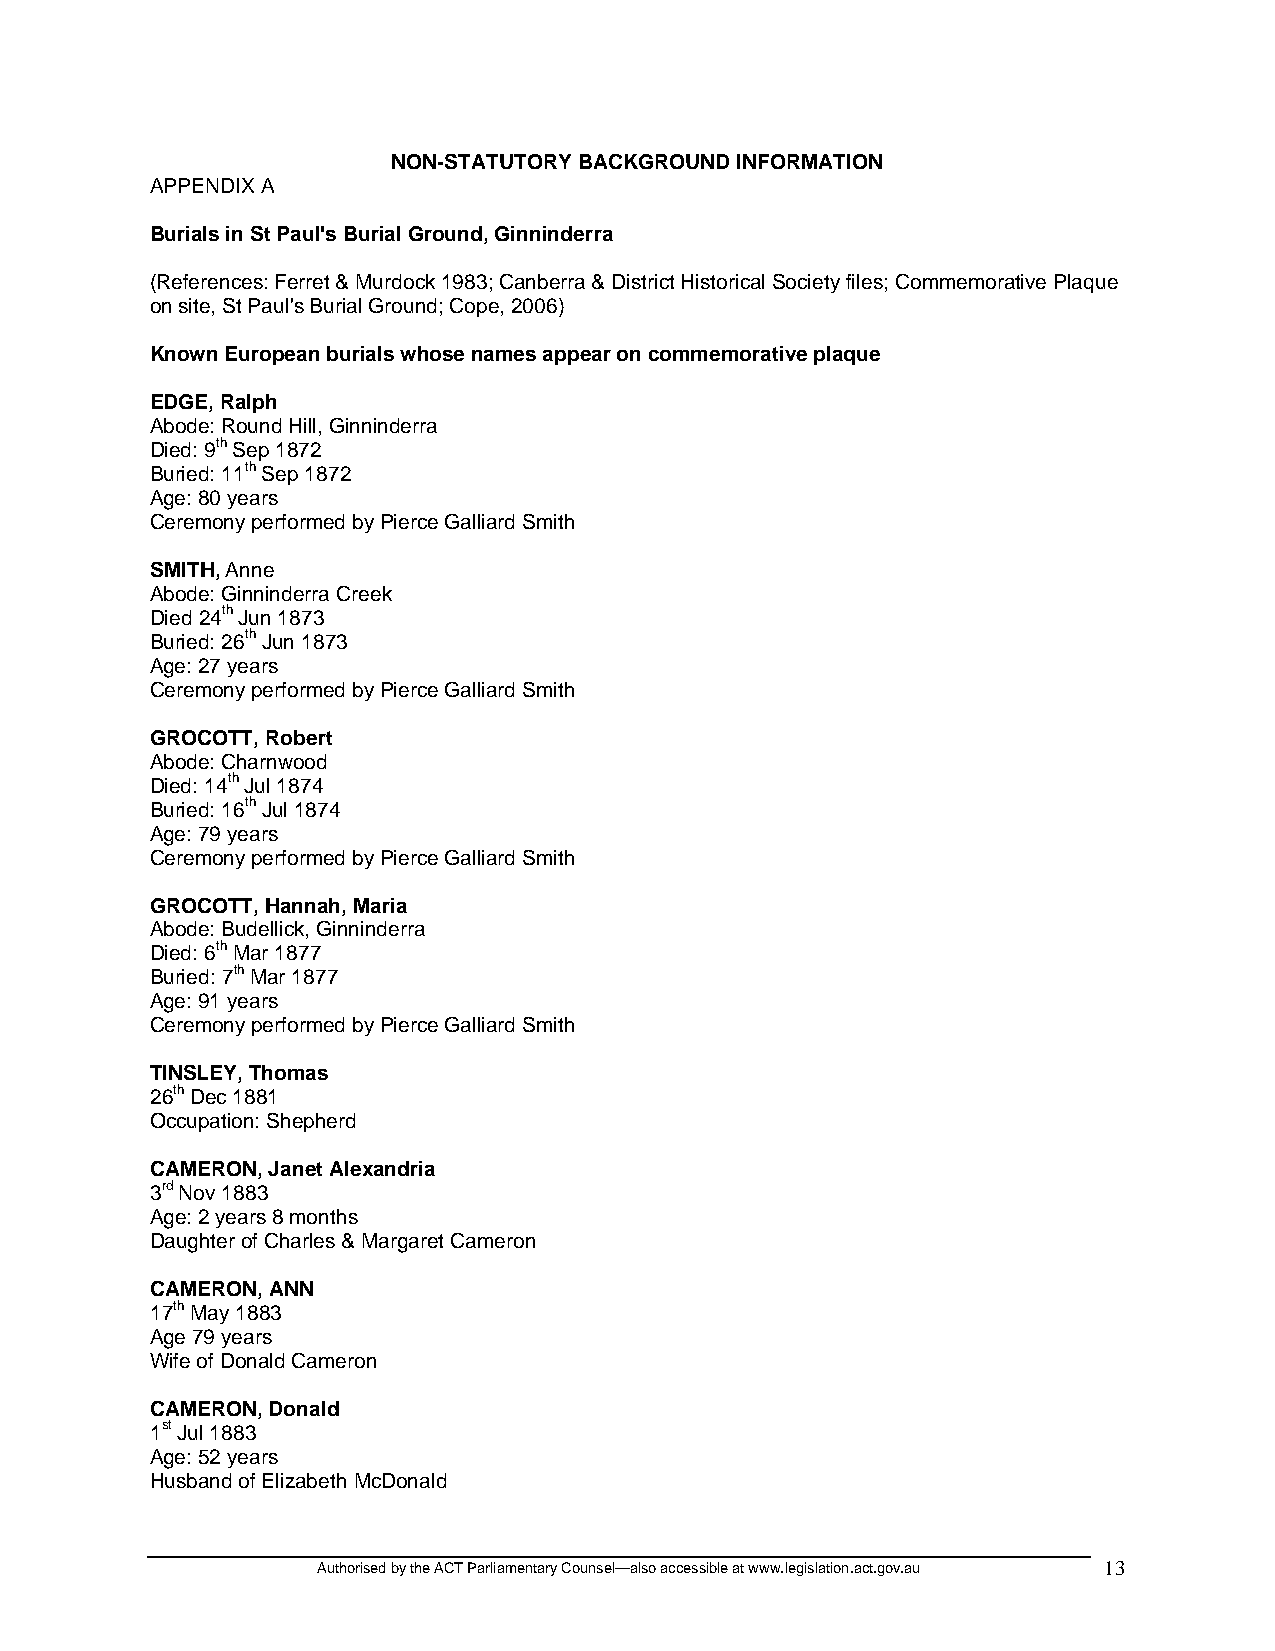
NON-STATUTORY BACKGROUND INFORMATION
 APPENDIX A
 Burials in St Paul's Burial Ground, Ginninderra
 (References: Ferret & Murdock 1983; Canberra & District Historical Society files; Commemorative Plaque
 on site, St Paul's Burial Ground; Cope, 2006)
 Known European burials whose names appear on commemorative plaque
 EDGE, Ralph
 Abode: Round Hill, Ginninderra
 Died: 9th Sep 1872
 Buried: 11th Sep 1872
 Age: 80 years
 Ceremony performed by Pierce Galliard Smith
 SMITH, Anne
 Abode: Ginninderra Creek
 Died 24th Jun 1873
 Buried: 26th Jun 1873
 Age: 27 years
 Ceremony performed by Pierce Galliard Smith
 GROCOTT, Robert
 Abode: Charnwood
 Died: 14th Jul 1874
 Buried: 16th Jul 1874
 Age: 79 years
 Ceremony performed by Pierce Galliard Smith
 GROCOTT, Hannah, Maria
 Abode: Budellick, Ginninderra
 Died: 6th Mar 1877
 Buried: 7th Mar 1877
 Age: 91 years
 Ceremony performed by Pierce Galliard Smith
 TINSLEY, Thomas
 26th Dec 1881
 Occupation: Shepherd
 CAMERON, Janet Alexandria
 3rd Nov 1883
 Age: 2 years 8 months
 Daughter of Charles & Margaret Cameron
 CAMERON, ANN
 17th May 1883
 Age 79 years
 Wife of Donald Cameron
 CAMERON, Donald
 1st Jul 1883
 Age: 52 years
 Husband of Elizabeth McDonald
 Authorised by the ACT Parliamentary Counsel—also accessible at www.legislation.act.gov.au 13